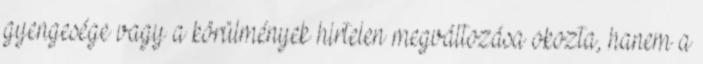
gyengesége vagy a körülmények hirtelen megváltozása okozta, hanem a